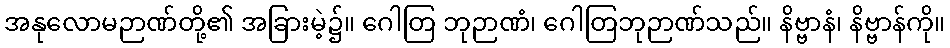
အနုလောမဉာဏ်တို့၏ အခြားမဲ့၌။ ဂေါတြ ဘုဉာဏံ၊ ဂေါတြဘုဉာဏ်သည်။ နိဗ္ဗာနံ၊ နိဗ္ဗာန်ကို။